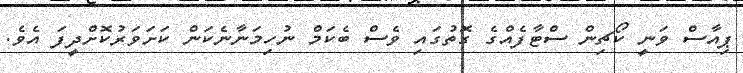
ޕިއާސް ވަނީ ކޯޗިން ސްޓާފެއްގެ ގޮތުގައި ވެސް ބެކަމް ނުހިމަނާނެކަން ކަށަވަރުކޮށްދީފަ އެވެ.